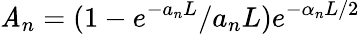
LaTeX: \mathit{A}_{n}=(1-e^{-a_{n}L}/a_{n}L)e^{-\alpha_{n}L/2}